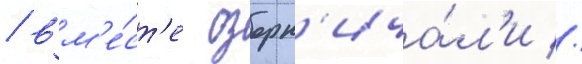
/ вм'е́ст'е озорн'ича́л'и //